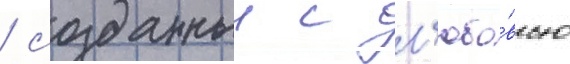
/ созданныи с л'юбо́вью